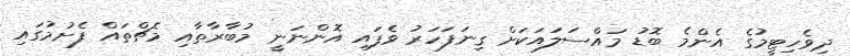
ދިވެހިޓީމުގެ އެންމެ ބޮޑު މައްސަލައަކަށް ގިނަފަހަރު ވެފައި އޮންނަނީ މުބާރާތާއި މެޗްތައް ފެށުމުގައި